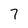
Character: 7